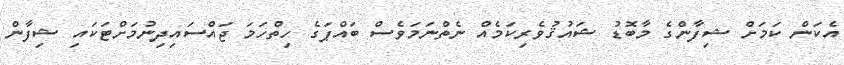
އެކަން ކަމަށް ޝިފާންގެ މާބޮޑު ޝައުޤުވެރިކަމެއް ނެތްނަމަވެސް ބައްޕަގެ ހިތްހަމަ ޖައްސައިދިނުމަށްޓަކައި ޝިފާން